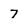
Character: 7